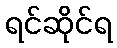
ရင်ဆိုင်ရ